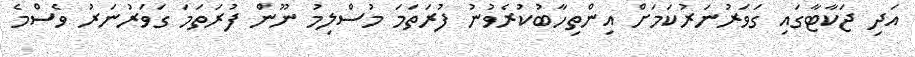
އަދި ޖަކާޓާގައި ގަވަރުނަރުކަމަށް އިންތިހާބުކުރެވުނު ފުރަތަމަ މުސްލިމު ނޫން ފުރަތަމަ ގަވަރުނަރު ވެސްމެ